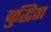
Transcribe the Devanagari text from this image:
बुद्धिता